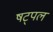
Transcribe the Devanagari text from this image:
षट्पलं